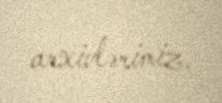
arxivlərimiz.